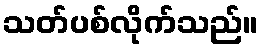
သတ်ပစ်လိုက်သည်။